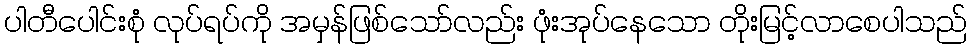
ပါတီပေါင်းစုံ လုပ်ရပ်ကို အမှန်ဖြစ်သော်လည်း ဖုံးအုပ်နေသော တိုးမြင့်လာစေပါသည်